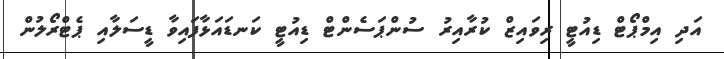
އަދި އިމްޕޯޓް ޑިއުޓީ ރިވައިޒް ކުރާއިރު ސުންޕަސެންޓް ޑިއުޓީ ކަނޑައަޅާފައިވާ ޑީސަލާއި ޕެޓްރޯލުން